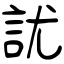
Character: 訧